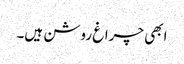
ابھی چراغ روشن ہیں۔